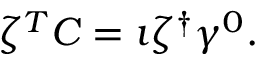
\zeta ^ { T } C = \imath \zeta ^ { \dagger } \gamma ^ { 0 } .